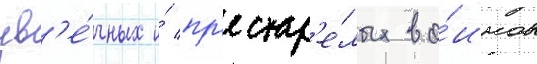
ув'е́чных и́ пр'естар'е́лых во́инов